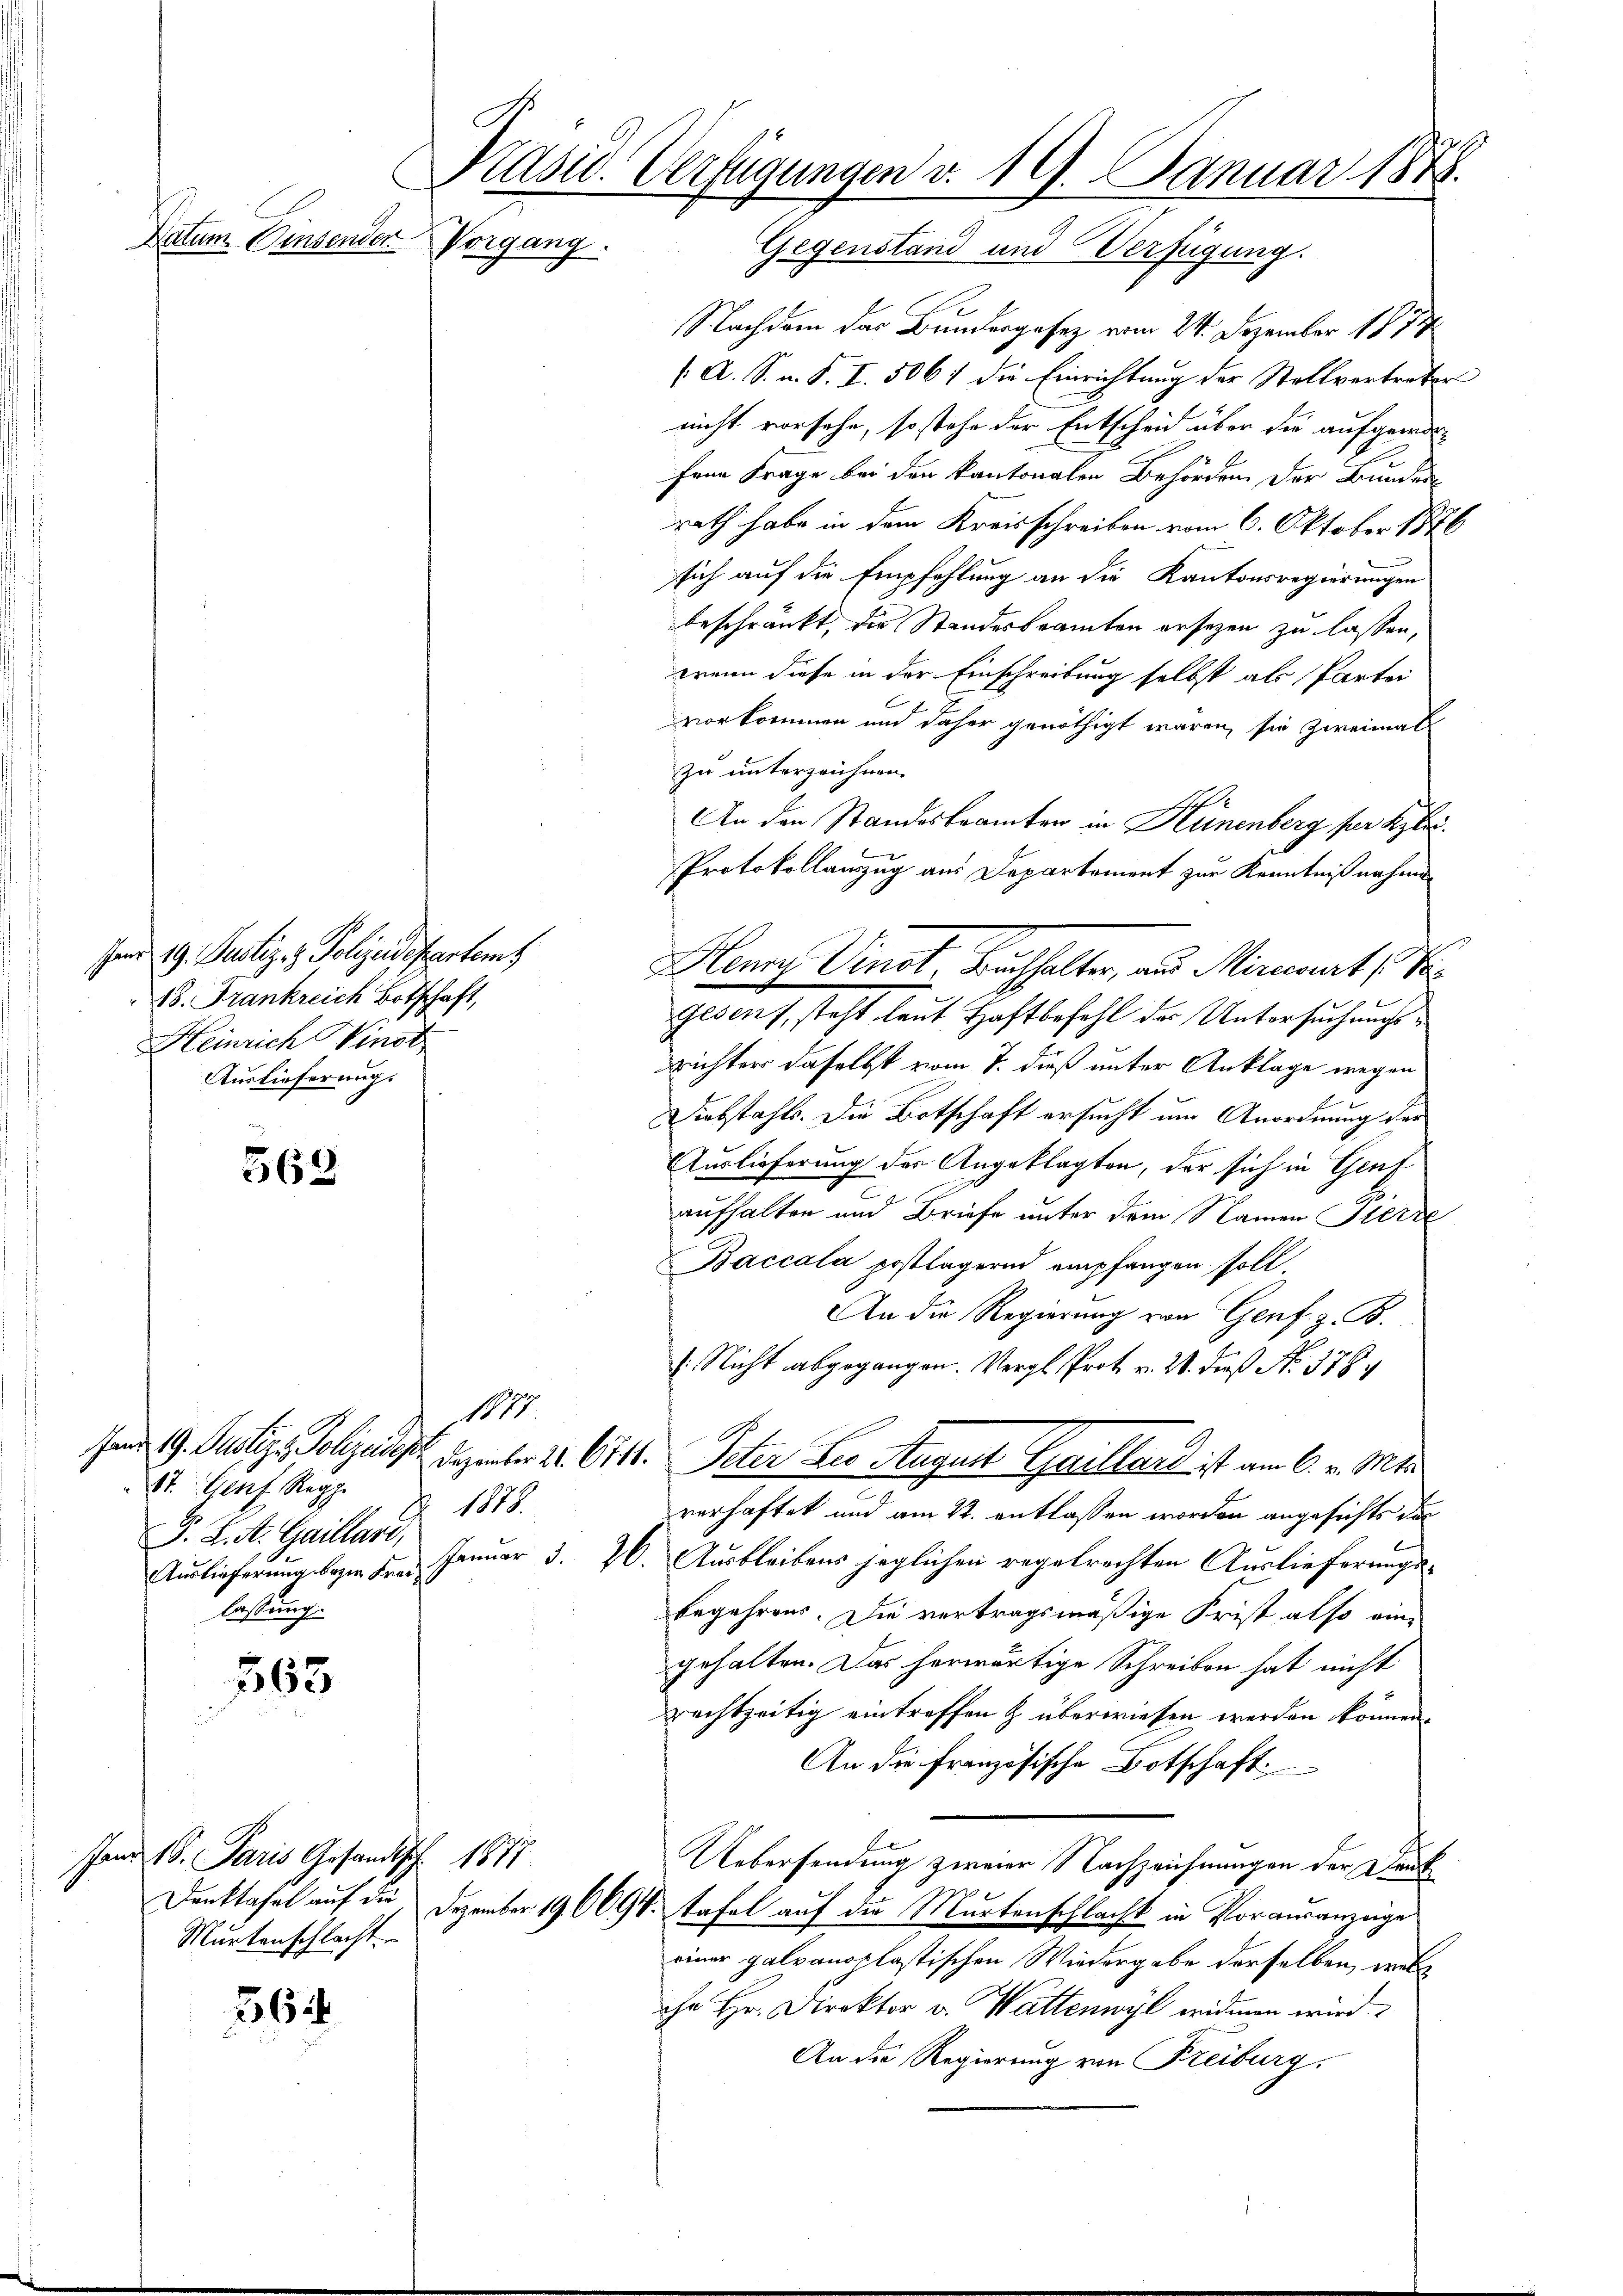
Datum Einsender Vorgang.

shens 19. Justiz- & Polizeidepartem
18. Frankreich Botschaft,
Heinrich Vinst
Auslieferungs

563

St. Genf, Repp
J. K. A. Gaillard,
lassung.

563

and 16. Paris Gesandtsch. 1877
Murtenschlacht.

56

Präsid. Verfügungen v. 19. Januar 1878.

Nachdem das Bundergesetz vom 24. Dezember 1874
/. A. S. n. F. I. 506) die Einrichtung der Stellvertreter
nicht vorsehe, so stehe der Entscheid über die aufgeworfene Frage bei den kantonalen Behörden der Bunden
rath habe in dem Kreisschreiben vom 6. Oktober 1876
sich auf die Empfehlung an die Kantonsregierungen
beschränkt, die Standesbeamten ersezen zu lassen,
wenn diese in der Einschreibung selbst als Partei
vorkommen und daher genöthigt wären, sie zweimal
zu unterzeichnen.
An den Standesbeamten in Hünenberg für Klei¬
Protokollauszug aus Departement zur Kenntniß nahme
Mann Vinot Bachhalter, aus Miniat de
Gedorf, steht laut Haftbefehl der Untersuchungsrichter daselbst vom 7. dieß unter Anklage wegen
Diebstahls. Die Botschaft ersucht um Anordnung der
Auslieferung des Angeklagten, der sich in Genf
aufhalten und Briefe unter dem Namen Pierre
Baccala postlagernd empfangen soll
An die Regierung von Genf z. B.
: Nicht abgegangen. Vergl. Prot. v. 21. dieß No. 578. 4
1115
en 19. Justiz, Polizeist. Dezember 2. 6111. Peter Leo August Gallard ist am 6. v. Mts.
1878.
verhaftet und am 22. entlassen worden angesichts das
Auslieferung beym Fr. Januar 3. 26. Ausbleibens jeglichen regelrechten Auslieferungsbegehrens. Die vertragsmäßige Frist also eingehalten. Das herwärtige Schreiben hat nicht
rechtzeitig eintreffen & überwiesen werden können.
An die französische Botschaft
Uebersendung zweier Nachzeichnungen der Deut
Denktafel auf die Dezember 190694. Tafel auf der Murtenschlacht in Vorausanzeige
einer galvanoplastischen Wiedergabe derselben, welihe Hr. Direktor v. Wattenwyl widmen wird.
An die Regierung von Freiburg.